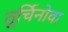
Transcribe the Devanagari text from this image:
तुर्चिनोवा